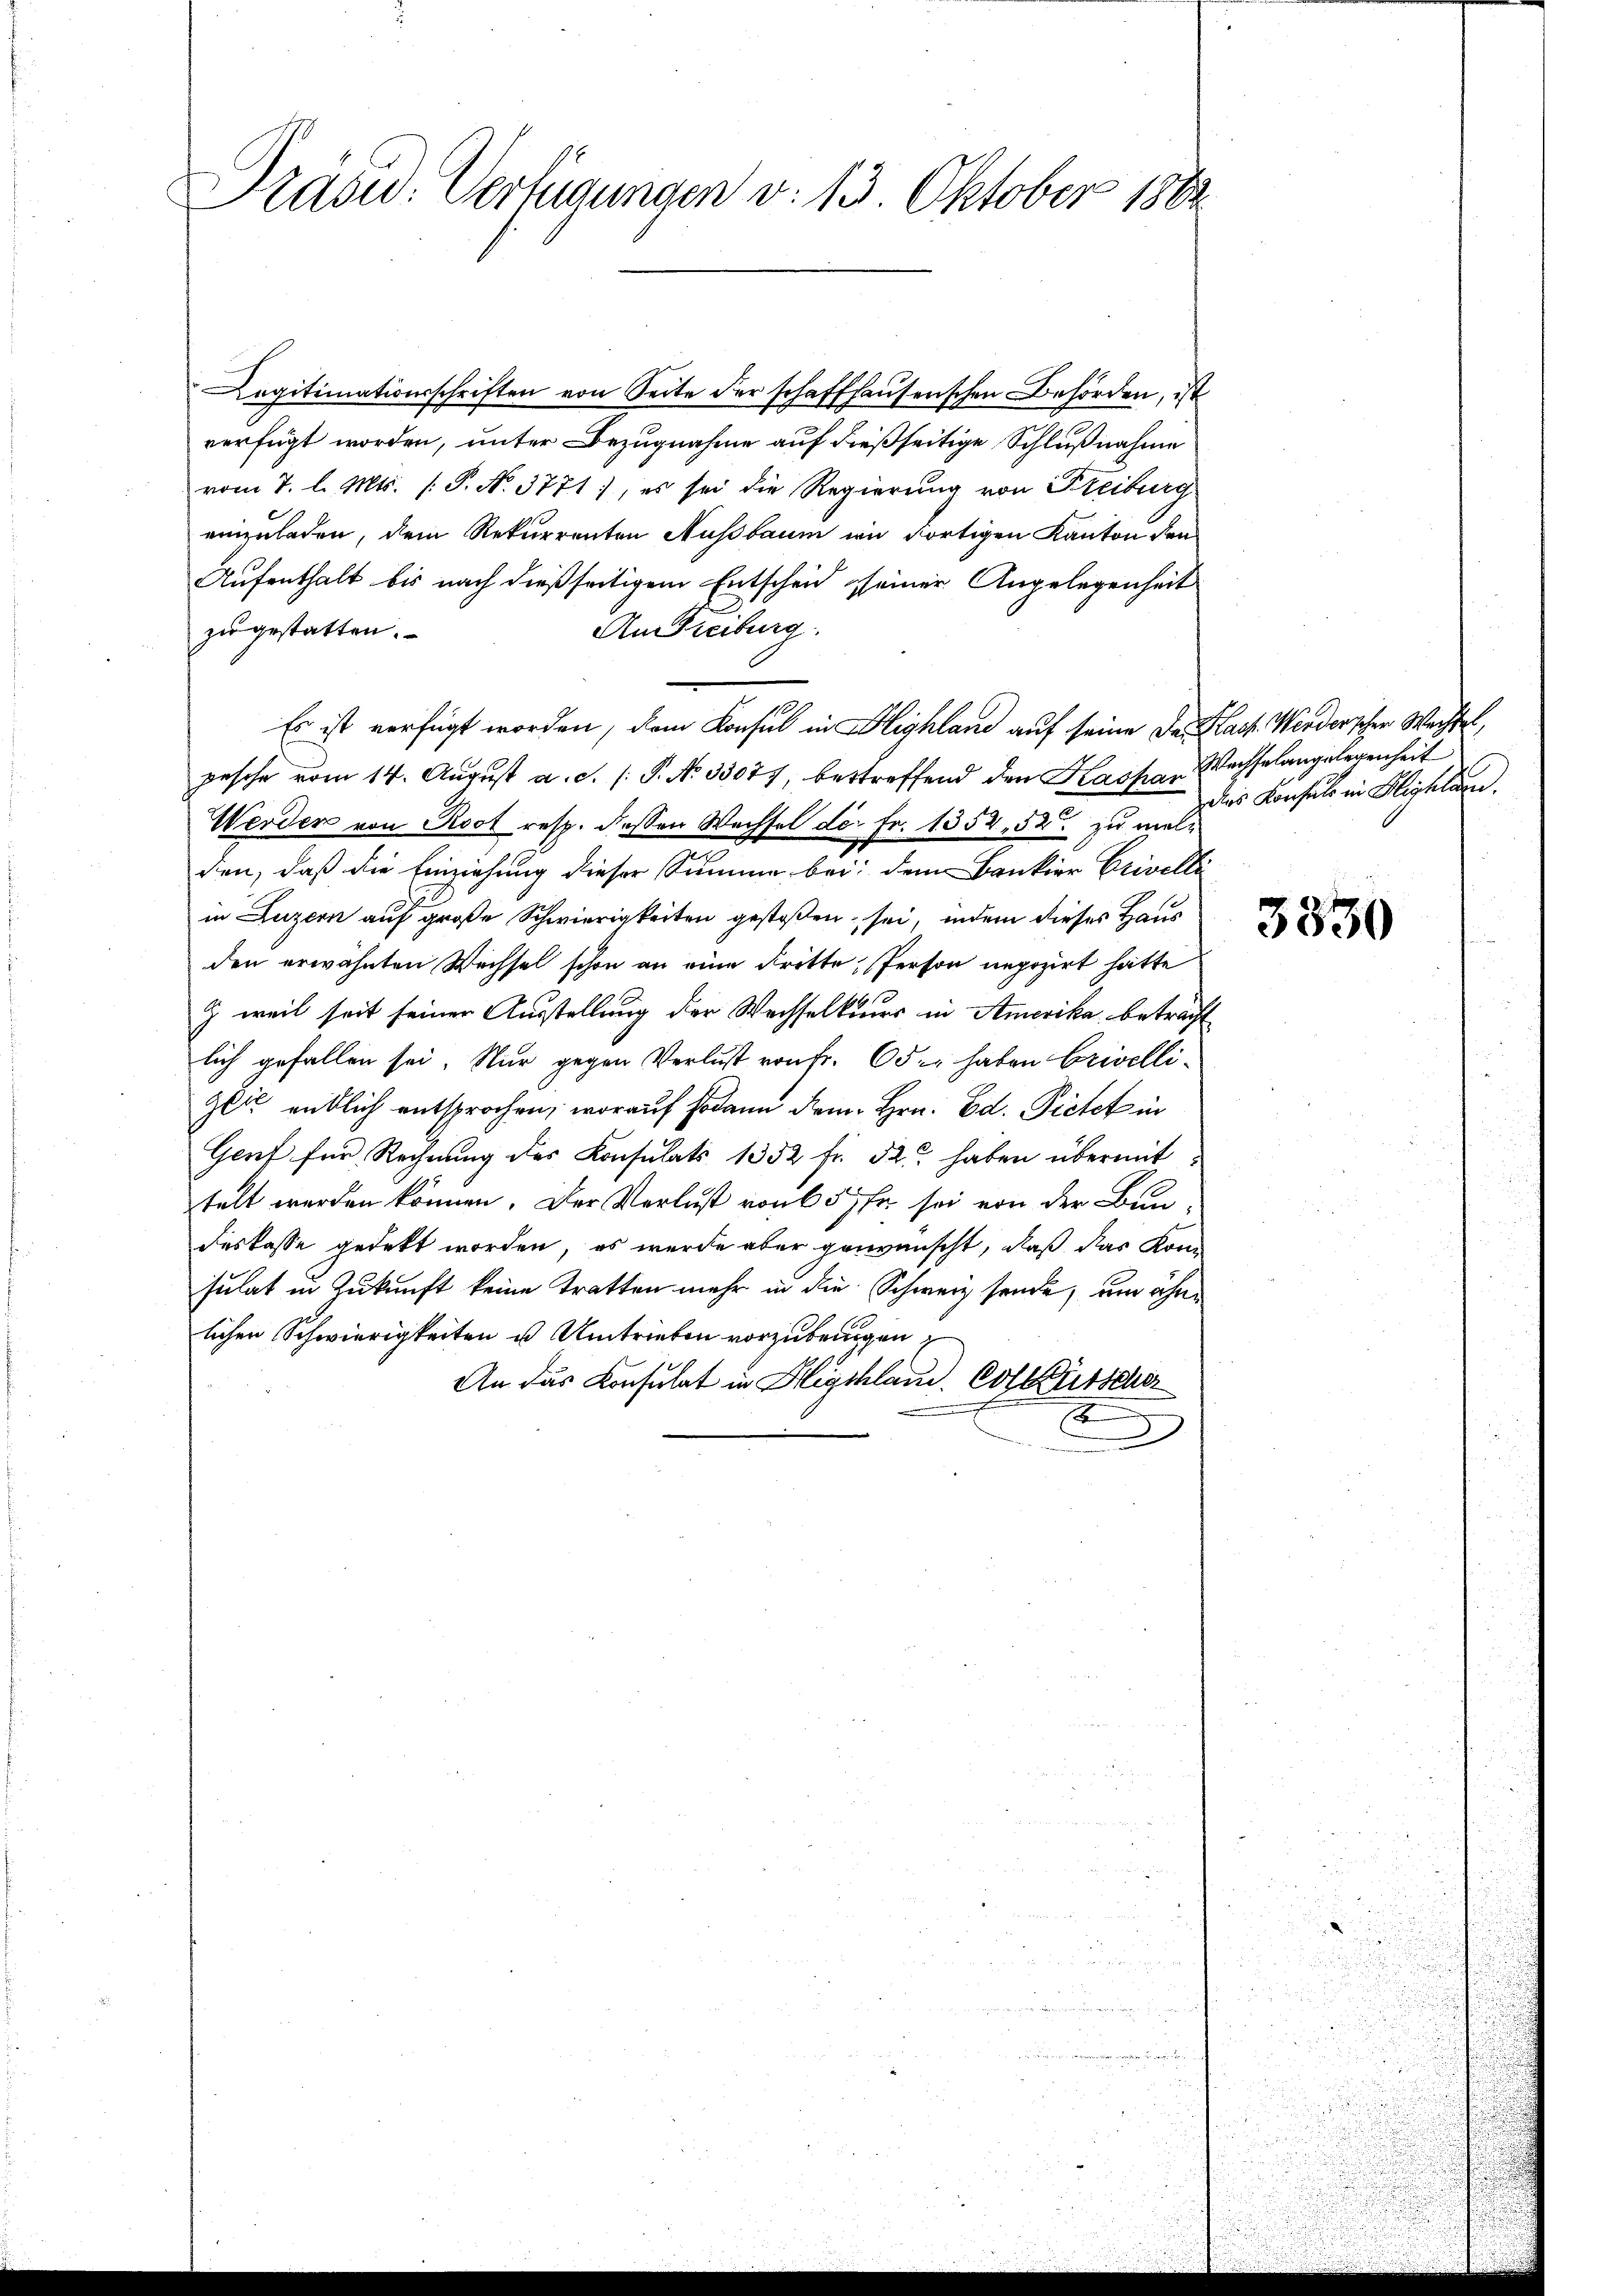
Präsid.. Verfügungen v. 13. Oktober 1888

Legitimationsschriften von Seite der schaffhaŭsenschen Behörden, ist
verfügt worden, unter Bezugnahme auf dießseitige Schlußnahme
vom 7. l. Mts. (T. N. 3771), es sei die Regierung von Freiburg
einzuladen, dem Rekurrenten Nußbaum wie fortigen Kanton den
Aufenthalt bis nach dießseitigem Entscheid seiner Angelegenheit
Am Freiburg
zu gestatten.
Es ist verfügt worden, dem Konsul in Highland auf seine Danach. Werderschen Wachtet,
gesehe vom 14. August a. d. P. No 33077, betreffend den Kaspar Wachselangelegenheit
Werden von Root resp. dessen Wechsel der Fr. 1352,52 zu mele
den, daß die Einziehung dieser Summe bei: dem Bankier Erivelle
in Luzern auf große Schwierigkeiten gestoßen sei, indem dieses Haus
den erwähnten Wechsel schon an eine dritte Person negozirt hätte
Z weil seit seiner Ausstellung der Wechselkurs in Amerika, beträcht
lich gefallen sei. Nur gegen Verlust von fr. 6 der haben Crivellizer entlich entsprochen, worauf sodann dem Hrn. Ed. Pietet in
Genf für Rechnung des Konsulats 1352 fr. 32 haben übermit
telt werden können. Der Verlust von 65 fr. sei von der Bundeskasse gedeckt worden, es wurde aber gewünscht, daß das Komsulat in Zukunft keine Tratten mehr in die Schweiz sende, um ähne
lichen Schwierigkeiten u Umtrieben vorzubringen
An das Konsulat in Highland. Collerscher
E
d

das Konsuls in Highlan

3830